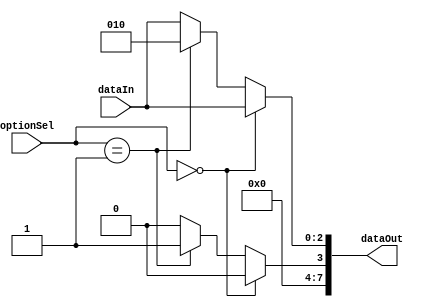
module Bit_Padder(
dataIn,
optionSel,
dataOut
);
	
input [2:0] dataIn;
input [1:0] optionSel;
output reg [7:0]dataOut;

always @(dataIn or optionSel)
	begin
		if(optionSel == 2'b00)
			begin
				dataOut[7:3] = 4'b0000;
				dataOut[2:0] = dataIn;
			end
		else if(optionSel == 2'b01)
			dataOut = 8'hA;
		else
			begin
				dataOut[7:3] = 4'b0000;
				dataOut[2:0] = dataIn;
			end
	end

endmodule